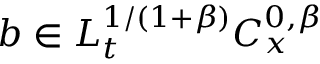
b \in L _ { t } ^ { 1 / ( 1 + \beta ) } C _ { x } ^ { 0 , \beta }